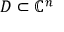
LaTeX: D \subset \mathbb { C } ^ { n }